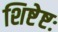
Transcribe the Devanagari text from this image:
शिष्टेष्टः